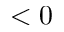
< 0